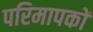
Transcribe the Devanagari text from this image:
परिमापकों